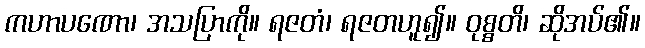
ကဟာပဏော၊ အသပြာကို။ ရဇတံ၊ ရဇတဟူ၍။ ဝုစ္စတိ၊ ဆိုအပ်၏။